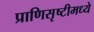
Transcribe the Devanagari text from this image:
प्राणिसृष्टीमध्ये